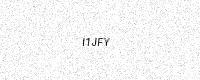
Text: I1JFY